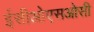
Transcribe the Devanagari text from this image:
ईसीओएसओसी